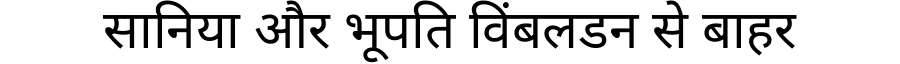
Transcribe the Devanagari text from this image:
सानिया और भूपति विंबलडन से बाहर